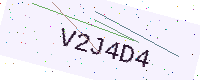
Text: V2J4D4